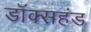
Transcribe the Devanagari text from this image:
डॉक्सहंड